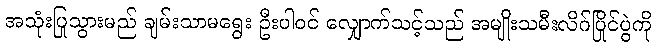
အသုံးပြုသွားမည် ချမ်းသာမရွေး ဦးပါဝင် လျှောက်သင့်သည် အမျိုးသမီးလိဂ်ပြိုင်ပွဲကို